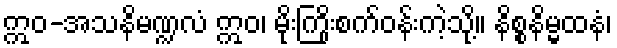
ဣဝ-အသနိမဏ္ဍလံ ဣဝ၊ မိုးကြိုးစက်ဝန်းကဲ့သို့။ နိစ္စနိမ္မထနံ၊